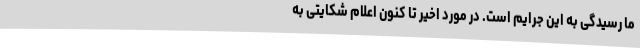
ما رسیدگی به این جرایم است. در مورد اخیر تا کنون اعلام شکایتی به